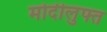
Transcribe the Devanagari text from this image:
मोदीलुफ्त